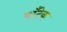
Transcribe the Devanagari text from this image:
माँटेक